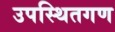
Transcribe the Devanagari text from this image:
उपस्थितगण